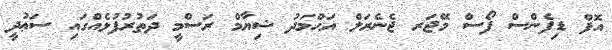
އޮފް ޑިފެންސް ފޯސް މޭޖަރ ޖެނެރަލް އަޙްމަދު ޝިޔާމް ރަސްމީ ދަތުރުފުޅެއްގައި ސަޢުދީ